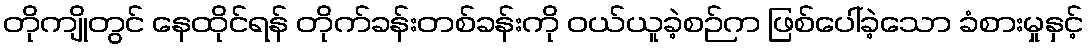
တိုကျိုတွင် နေထိုင်ရန် တိုက်ခန်းတစ်ခန်းကို ဝယ်ယူခဲ့စဉ်က ဖြစ်ပေါ်ခဲ့သော ခံစားမှုနှင့်